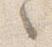
之